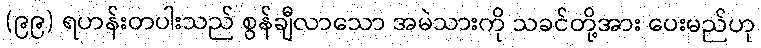
(၉၉) ရဟန်းတပါးသည် စွန်ချီလာသော အမဲသားကို သခင်တို့အား ပေးမည်ဟု